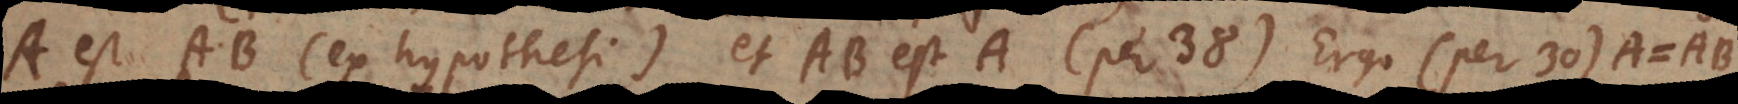
A est AB (ex hypothesi) et AB est A (per 38). Ergo (per 30) A